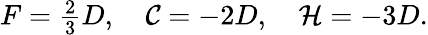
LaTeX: F={\textstyle\frac{2}{3}D},\quad{\cal C}=-2D,\quad{\cal H}=-3D.